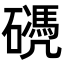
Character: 𥖬